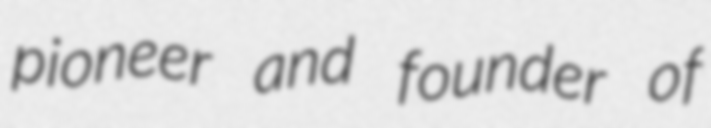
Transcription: pioneer and founder of